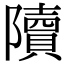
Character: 𨽍